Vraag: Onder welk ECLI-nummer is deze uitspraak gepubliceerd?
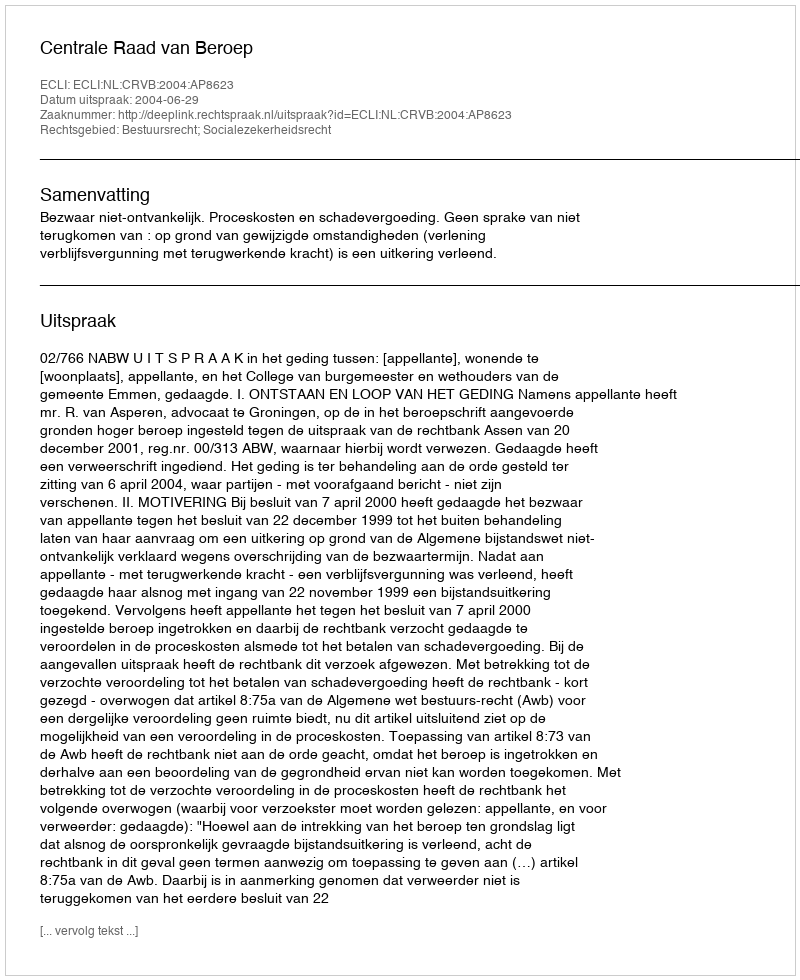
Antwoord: ECLI:NL:CRVB:2004:AP8623